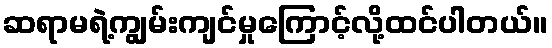
ဆရာမရဲ့ကျွမ်းကျင်မှုကြောင့်လို့ထင်ပါတယ်။